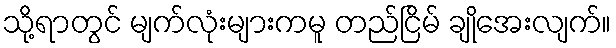
သို့ရာတွင် မျက်လုံးများကမူ တည်ငြိမ် ချိုအေးလျက်။